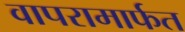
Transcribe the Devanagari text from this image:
वापरामार्फत